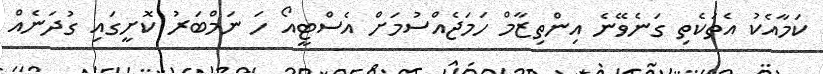
ކަމާއެކު އެތަކެތި ގަނެވޭނެ އިންތިޒާމް ހަމަޖެއްސުމަށް އެސްޓީއޯ ހަ ނަމްބަރު ކޮށީގައި ގުދަނެއް